Report on vaccination in the Province of Bengal - 1874-1889
Year: 1874
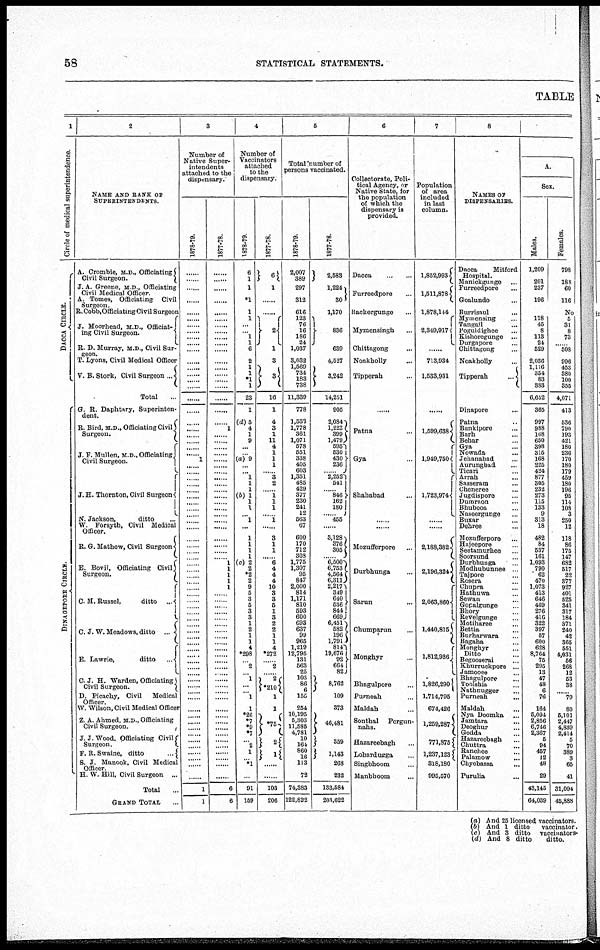
58
STATISTICAL STATEMENTS.
TABLE
1
Circle of medical superintendence.
DACCA CIRCLE.
DINAGE P
ORE CI RCLE.
2
NAME AND BANK OF
SUPERINTENDENTS.
A. Crombre, M.D., Officiating
Civil Surgeon.
J. A. Greene, M.D., Officiating
Civil Medical Officer.
A. Tomes, Officiating Civil
Surgeon.
R. Cobb,Officiating Civil Surgeon
J. Moorhead, M.D., Officiat-
ing Civil Surgeon.
R. D. Murray, M.D., Civil Sur-
geon.
T. Lyons, Civil Medical Officer...
V. B. Stork, Civil Surgeon...
Total...
G. R. Daphtary, Superinten-
dent.
R. Bird, M.D., Officiating Civil
Surgeon.
J. F. Mullen, M.D., Officiating
Civil Surgeon.
J. H. Thornton, Civil Surgeon
N. Jackson,
ditto...
W. Forsyth, Civil Medical
Officer.
R. G. Mathew, Civil Surgeon...
E. Bovil, Officiating Civil
Surgeon.
C. M. Russel,
ditto ..
C. J. W. Meadows, ditto ...
E. Lawrie,ditto
...
C.J. H. Warden, Officiating
Civil Surgeon.
D. Picachy, Civil Medical
Officer.
W. Wilson, Civil Medical Officer
Z.A. Ahmed, M.D., Officiating
Civil Surgeon.
J. J. Wood. Officiating Civil
Surgeon. F. R. Swaine, ditto..
S. J. Manook. Civil Medical
Officer.
H. W. Hill, Civil Surgeon... ...
Total...
GRAND TOTAL...
3
Number of
Native Super-
intendents
attached to the
dispensary.
1878-79.
......
......
......
......
......
......
......
......
......
......
......
......
......
...... ......
......
......
......
...... ......
......
......
......
...... 1
......
......
......
......
......
......
......
......
......
......
......
......
...... ......
......
......
...... ......
......
......
......
......
......
......
......
......
......
......
......
......
......
......
......
......
...... ......
...... ......
......
......
......
......
......
......
......
......
......
......
......
1
1
1877-78.
......
......
......
......
......
......
......
......
......
......
......
......
......
...... ......
......
......
......
...... 1
......
......
......
......
......
......
......
......
......
......
......
...
......
......
......
......
......
......
......
...... 1
1
1
1
1
......
......
......
......
......
......
......
......
......
......
......
......
......
......
...... ......
...... ......
......
......
......
......
......
......
......
......
......
......
......
6
6
4
Number of
Vaccinators
attached
to the
dispensary.
1878-79.
6
1
1
*1
1
1
......
... 1
1
6
2
1
1
*1
1
23
1
(d)5
4
1
9
...
...
(a) 9
...
... 1
1
1
(b) 1
1
1
... 1
...
1
1
1
1
(c) 2
2
*2
2
9
5
3
5
3
3
1
2
1
1
4
*298
...... 2
... 1
......
...... 1
1
*26
*7
*9
*7
...... 2
1
...... *1
......
91
159
1877-78.
6
1
......
......
2
1
3
3
16
1
4
3
1
11
4
1
1
1
...... 3
2
...... 1
1
1
...... 1
...
3
1
1
...... 6
4
4
4
10
3
3
5 1
3
2
2
1
1
4
*272
... 2
...... 2
*210
1
1
*75 2
1
......
......
103
206
5
Total number of
persons vaccinated.
1878-79.
2,007
389
297
312
616
123
76
16
186
24
1,037
3,032
1,569
734
183
738
11,339
778
1,533 1,778
361
1,071
578
551
338
405
603
1,351
485
429
377
230
241
12
563
67
600
170
712
308
1,775
1,307
95
847
2,000
814
1,171
810
593
600
693
637
99
965
1,219
12,795
131
563
25
103
86
6
155
254
10,195
5,303
11,585
4,781
10
164
860
16
113
72
74,383
122,822
1877-78.
2,583
1,224
30
1,170
836
639
4,527
3,242
14,251
905
2,084 1,223
399
1,479
595
630
430
236
...
2,252
541
...... 846
162
180
...... 455
......
3,128
376
305
6,500
6,753
4,564
6,311
2,217
349
640
536
844
669
6,451
582
196
1,791
814
19,676
92
664
82
8,762
109
373
46,481
359
1,143
268
232
133,584
203,622
6
Collectorate, Poli-
tical Agency, or
Native State, for
the population
of which the
dispensary is
provided.
Dacca...
...
Furreedpore...
Backergunge...
Mymensingh...
Chittagong...
Noakholly...
Tipperah...
......
......
Patna
Gya
Shahabad
......
......
Mozufferpore...
Durbhunga...
Sarun...
Chumparun...
Monghyr...
Bhagulpore...
Purneah
Maldah...
Sonthal Pergun-
nahs.
Hazareebagh...
Lohardugga...
Singbhoom...
Manbhoom...
7
Population
of area
included
in last
column.
l,852,993
1,511,878
1,878,144
2,349,917
...
713,934
1,533,931
......
......
1,599,638
1,949,750
1,723,974
......
......
2,188,382
2,196,324
2,063,860
l,440,815
1,812,986
1,826,290
1,714,795
674,426
1,259,287
771,375
1,287,123
318,180
995,570
8
NAMES OF
DISPENSARIES.
Dacca Mitford
Hospital.
Manickgunge...
Furreedpore...
Goalundo...
Burrisaul...
Mymensing...
Tangail...
Poguldighee...
Kishoregunge... ...
Durgapore...
Chittagong...
Noakholly...
Tipperah
...
......
Dinapore...
Patna...
Bankipore...
Barh...
Behar...
Gya...
Nowada...
Jehanabad... Aurungbad
Ticari...
Arrah...
Sasseram...
Cheneree...
Jugdispore...
Dumraon...
Bhubooa...
Naseergunge...
Buxar...
Dehree...
Mozufferpore...
Hajeepore...
Seetamurhee...
Soorsund...
Durbhunga...
Modhubunnee... Tajpore...
Rosera...
Chupra...
Hathuwa...
Sewan...
Gopalgunge...
Bhory...
Revelgunge...
Motiharee...
Bettia...
Burharwara...
Bagaha...
Monghyr...
Ditto...
Begooserai...
Khurruckpore... ...
Jamooee...
Bhagulpore...
Toolshia...
Nathnugger... Purneah...
Maldah...
Nya Doomka ...
Jamtara...
Deoghur...
Godda...
Hazareebagh... Chuttra...
Ranchee...
Palamow...
Chyebassa...
Purulia...
A.
Sex.
Males.
1,209
201
237
196
118
45
8
113
24
529
2,036
1,116
354
83
383
6,632
365
997 988
168
650
398
315
168
225
424
877
305
232
273
115
133
9
313
18
482
84
537
161
1,093
790
62
470
1,073
413
646
469
276
416
322
397
57
600
628
8,764
75
295
13
47
48
6
76
164
5,094
2,856
6,746
2,367
5
94
457
12
48
29
43,145
64,039
Females.
798
188
60
116
No
5
31
8
73
... 508
996
453
380
100
355
4,071
413
536
790
193
421
180
236
170
180
179
459
180
196
95
114
108
3
250
12
118
86
175
147
682
517
22
377
927
401
525
341
317
184
371
240
42
365
551
4,031
56
268
12
53
38
...... 79
80
5,101
2,447
4,839
2,414
5
70
389
3
65
41
31,094
45,888
(a) And 25 licensed vaccinators.
(b) And 1 ditto
vaccinator.
(c) And 3 ditto vaccinators.
(d) And 8 ditto
ditto.